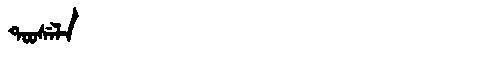
Manchu: ᡨᠣᠣᠰᡝᠯᠠ
Romanization: TOOSELA